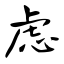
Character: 虑